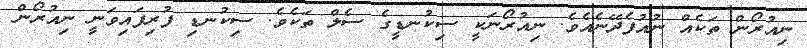
ނިއުރޯން ތަކެއް ނުއުފެދޭނެއެވެ. ނިއުރޯނަކީ ސިކުނޑީގެ ސެލް ތަކެވެ. ސިކުނޑި ފުރިފައިވަނީ ނިއުރޯން